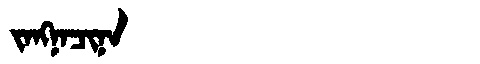
Manchu: ᠵᠠᠩᠨᠠᠴᡳᠨᠠ
Romanization: JANGNACINA